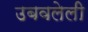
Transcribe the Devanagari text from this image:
उबवलेली